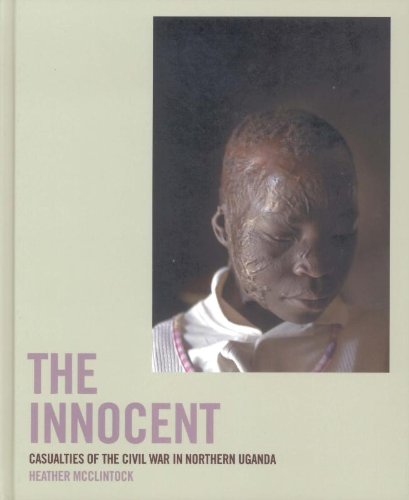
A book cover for The Innocent: Casualties of the Civil War in Northern Uganda; Travel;